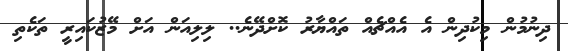
ދިނުމުން މިކުދިން އެެ އެއްޗެއް ތައްޔާރު ކޮށްދޭނެ.. ލިލިއަން އަށް މޭޒުކައިރީ ތަކެތި